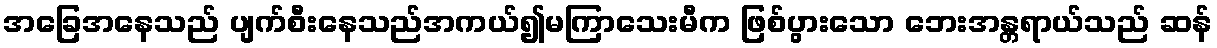
အခြေအနေသည် ပျက်စီးနေသည်အကယ်၍မကြာသေးမီက ဖြစ်ပွားသော ဘေးအန္တရာယ်သည် ဆန်